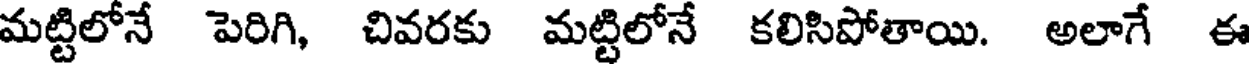
మట్టిలోనే పెరిగి, చివరకు మట్టిలోనే కలిసిపోతాయి. అలాగే ఈ